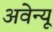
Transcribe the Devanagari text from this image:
अवेन्यू